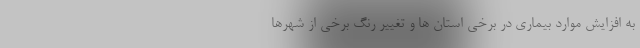
به افزایش موارد بیماری در برخی استان ها و تغییر رنگ برخی از شهرها